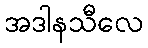
အဒါနသီလေ